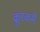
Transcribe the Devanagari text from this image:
क्रूरकर्मे